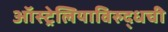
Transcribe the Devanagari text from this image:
ऑस्ट्रेलियाविरुद्धची